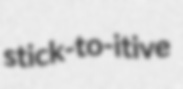
stick-to-itive